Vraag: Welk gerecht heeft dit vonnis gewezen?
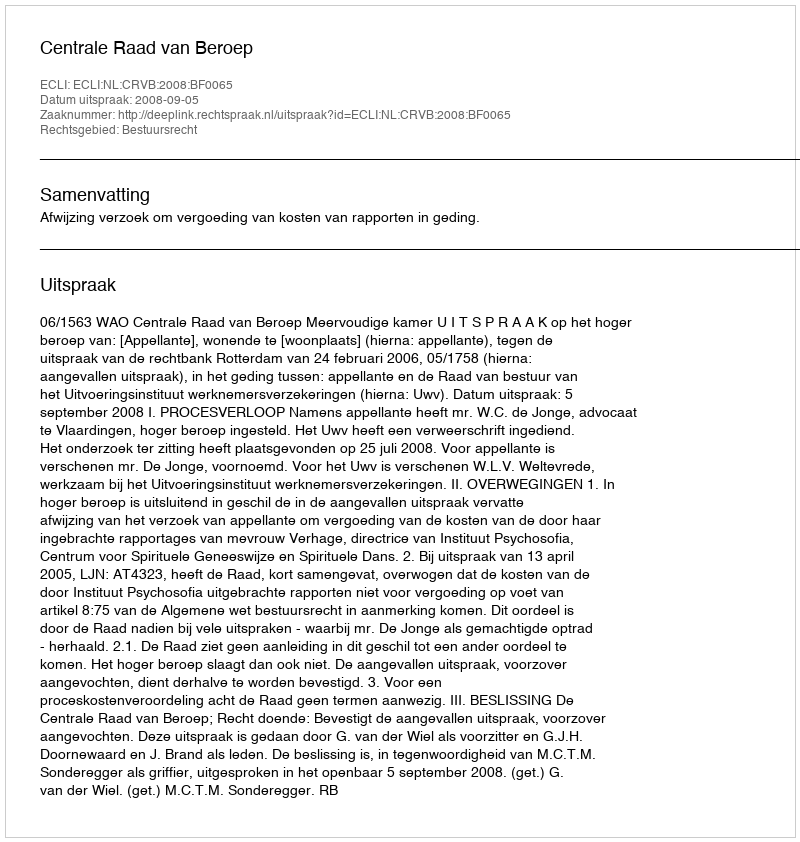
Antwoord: Centrale Raad van Beroep